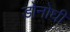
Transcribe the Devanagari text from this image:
डोनोघी